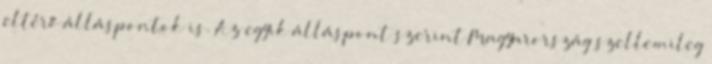
eltérő álláspontok is. Az egyik álláspont szerint Magyarország szellemileg